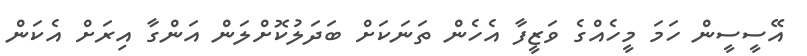
އޭސީސީން ހަމަ މީހެއްގެ ވަޒީފާ އެހެން ތަނަކަށް ބަދަލުކޮށްލަން އަންގާ އިރަށް އެކަން